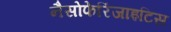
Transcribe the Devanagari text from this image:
नैसोफेरिंजाइटिस